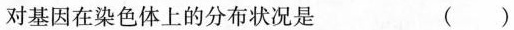
对基因在染色体上的分布状况是 ( )